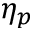
\eta _ { p }